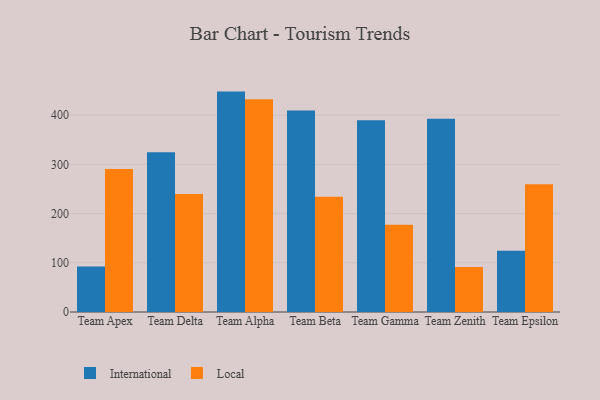
{"axis": {"x": "Team", "y": "Market Share (%)"}, "legend": ["International", "Local"], "data": [{"x": "Team Apex", "y": 92.4, "type": "International"}, {"x": "Team Apex", "y": 290.7, "type": "Local"}, {"x": "Team Delta", "y": 324.6, "type": "International"}, {"x": "Team Delta", "y": 239.8, "type": "Local"}, {"x": "Team Alpha", "y": 447.9, "type": "International"}, {"x": "Team Alpha", "y": 432.5, "type": "Local"}, {"x": "Team Beta", "y": 409.4, "type": "International"}, {"x": "Team Beta", "y": 234.0, "type": "Local"}, {"x": "Team Gamma", "y": 389.7, "type": "International"}, {"x": "Team Gamma", "y": 177.4, "type": "Local"}, {"x": "Team Zenith", "y": 392.8, "type": "International"}, {"x": "Team Zenith", "y": 91.7, "type": "Local"}, {"x": "Team Epsilon", "y": 124.3, "type": "International"}, {"x": "Team Epsilon", "y": 259.5, "type": "Local"}]}